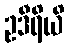
ဥဒီရိယိ